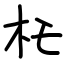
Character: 杔